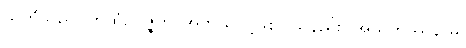
သတိသည်။ ကထံဥပ္ပဇ္ဇတိ၊ အဘယ်သို့ဖြစ်ပါသနည်း။ အသုကဿနာမ၊